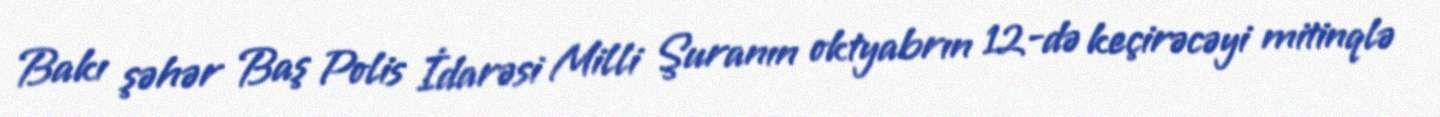
Bakı şəhər Baş Polis İdarəsi Milli Şuranın oktyabrın 12-də keçirəcəyi mitinqlə